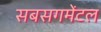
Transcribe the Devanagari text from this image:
सबसगमेंटल